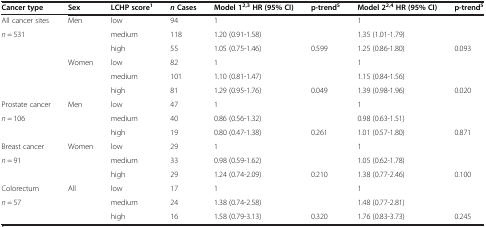
| Cancer type | Sex | LCHP score1 | n Cases | Model 12,3 HR (95% CI) | p-trend5 | Model 22,4 HR (95% CI) | p-trend5 |
 | --- | --- | --- | --- | --- | --- | --- | --- |
 | All cancer sites | Men | low | 94 | 1 |  | 1 |  |
 | n = 531 |  | medium | 118 | 1.20 (0.91-1.58) |  | 1.35 (1.01-1.79) |  |
 |  |  | high | 55 | 1.05 (0.75-1.46) | 0.599 | 1.25 (0.86-1.80) | 0.093 |
 |  | Women | low | 82 | 1 |  | 1 |  |
 |  |  | medium | 101 | 1.10 (0.81-1.47) |  | 1.15 (0.84-1.56) |  |
 |  |  | high | 81 | 1.29 (0.95-1.76) | 0.049 | 1.39 (0.98-1.96) | 0.020 |
 | Prostate cancer | Men | low | 47 | 1 |  | 1 |  |
 | n = 106 |  | medium | 40 | 0.86 (0.56-1.32) |  | 0.98 (0.63-1.51) |  |
 |  |  | high | 19 | 0.80 (0.47-1.38) | 0.261 | 1.01 (0.57-1.80) | 0.871 |
 | Breast cancer | Women | low | 29 | 1 |  | 1 |  |
 | n = 91 |  | medium | 33 | 0.98 (0.59-1.62) |  | 1.05 (0.62-1.78) |  |
 |  |  | high | 29 | 1.24 (0.74-2.09) | 0.210 | 1.38 (0.77-2.46) | 0.100 |
 | Colorectum | All | low | 17 | 1 |  | 1 |  |
 | n = 57 |  | medium | 24 | 1.38 (0.74-2.58) |  | 1.48 (0.77-2.81) |  |
 |  |  | high | 16 | 1.58 (0.79-3.13) | 0.320 | 1.76 (0.83-3.73) | 0.245 |